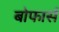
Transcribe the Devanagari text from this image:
बोफार्स